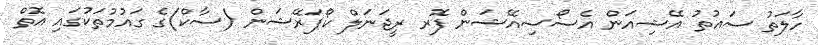
ހާލަތު ސައުތު އޭޝިއަން އެސޯސިއޭޝަން ފޮރ ރީޖަނަލް ކޯޕަރޭޝަން (ސާކް)ގެ ގައުމުތަކުގައި އޮތް